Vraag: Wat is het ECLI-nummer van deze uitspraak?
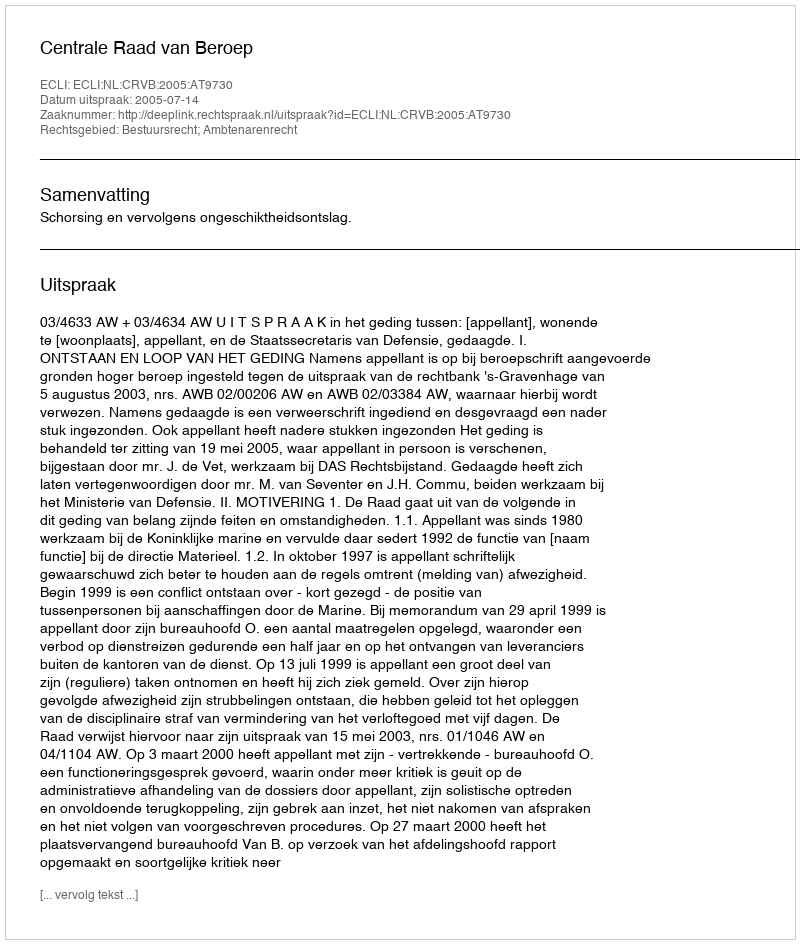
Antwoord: ECLI:NL:CRVB:2005:AT9730